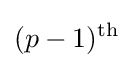
(p-1)^{\text{th}}